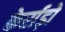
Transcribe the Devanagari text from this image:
केर्राड़ो